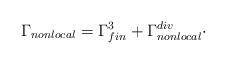
LaTeX: \begin{align*}\Gamma _{nonlocal}=\Gamma _{fin}^{3}+\Gamma _{nonlocal}^{div}\cdot\end{align*}